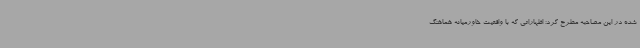
شده در این مصاحبه مطرح کرد؛ اظهاراتی که با واقعیت خاورمیانه هماهنگ